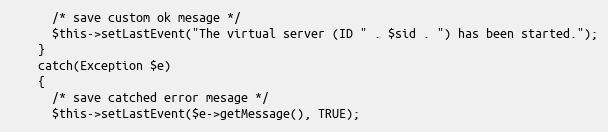
Language: PHP
      /* save custom ok mesage */
      $this->setLastEvent("The virtual server (ID " . $sid . ") has been started.");
    }
    catch(Exception $e)
    {
      /* save catched error mesage */
      $this->setLastEvent($e->getMessage(), TRUE);